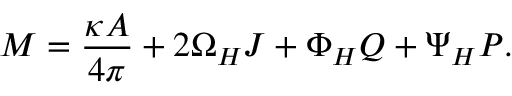
M = { \frac { \kappa { \cal A } } { 4 \pi } } + 2 \Omega _ { H } J + \Phi _ { H } Q + \Psi _ { H } P .